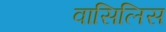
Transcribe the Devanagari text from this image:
वासिलिस